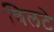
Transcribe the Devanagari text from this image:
चिलटे